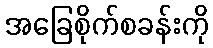
အခြေစိုက်စခန်းကို